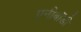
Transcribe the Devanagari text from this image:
एनीबॉडी